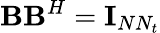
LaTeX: \textbf{B}\textbf{B}^{H}=\textbf{I}_{NN_{t}}